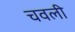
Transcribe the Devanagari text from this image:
चवली